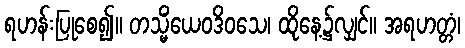
ရဟန်းပြုစေ၍။ တသ္မိံယေဝဒိဝသေ၊ ထိုနေ့၌လျှင်။ အရဟတ္တံ၊